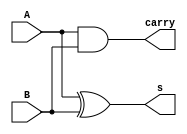
/* A half adder
 */
module ha(A, B, carry, s);

input A, B;
output carry, s;

assign carry = A & B;
assign s = A ^ B;

endmodule